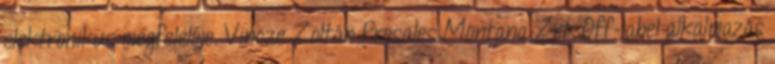
elektronikus megfelelője. Vincze Zoltán Presales Montana Zrt. Off-label alkalmazás